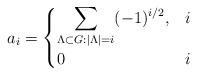
LaTeX: \begin{align*} a_i = \begin{cases} \displaystyle \sum_{\Lambda \subset G : | \Lambda | = i} (-1)^{i/2}, & i \\ 0 & i \end{cases}\end{align*}